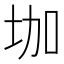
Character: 𡊗